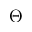
\Theta